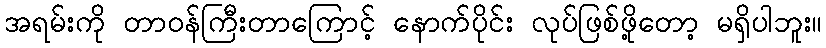
အရမ်းကို တာဝန်ကြီးတာကြောင့် နောက်ပိုင်း လုပ်ဖြစ်ဖို့တော့ မရှိပါဘူး။